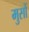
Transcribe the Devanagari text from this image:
मुसों